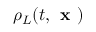
\rho _ { L } ( t , \textbf { x } )